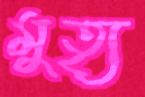
মুত্যৃ